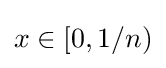
x\in [0,1/n)